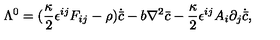
\Lambda ^ { 0 } = ( \frac { \kappa } { 2 } \epsilon ^ { i j } F _ { i j } - \rho ) \dot { { \bar { c } } } - b \nabla ^ { 2 } { \bar { c } } - \frac { \kappa } { 2 } \epsilon ^ { i j } A _ { i } \partial _ { j } \dot { { \bar { c } } } ,